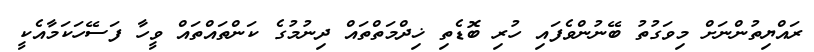
ރައްޔިތުންނަށް މިވަގުތު ބޭނުންވެފައި ހުރި ބޮޑެތި ޚިދްމަތްތައް ދިނުމުގެ ކަންތައްތައް ވީހާ ފަސޭހަކަމާއެކީ